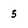
Character: 5